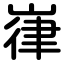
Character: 嵂